Insane asylums Bombay 1873-77 - 1873-1877
Year: 1873
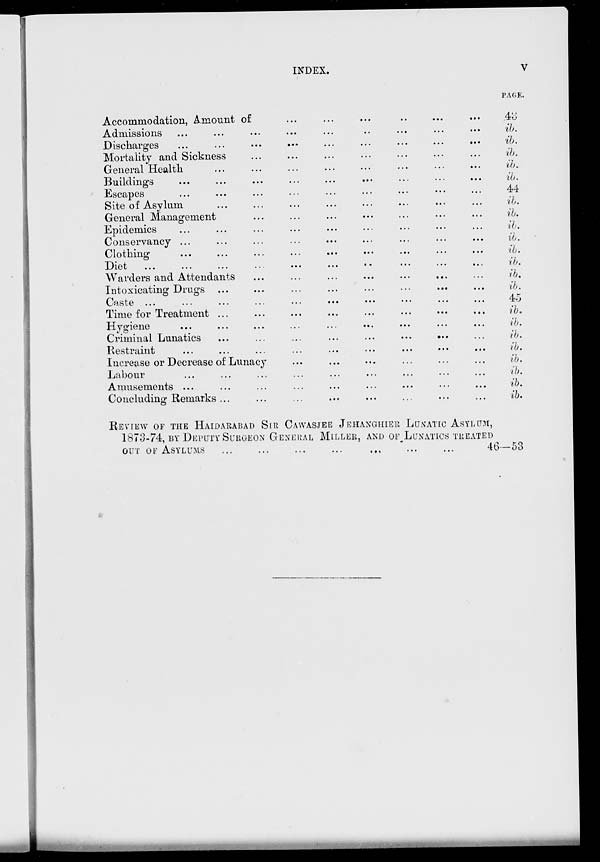
INDEX.
V
Accommodation, Amount of ... ... ... .. ... ...
Admissions ... ... ... ... ... ... ... ... ...
Discharges ... ... ... ... ... ... ... ... ...
Mortality and Sickness ... ... ... ... ... ... ...
General Health ... ... ... ... ... ... ... ...
Buildings ... ... ... ... ... ... ... ... ...
Escapes ... ... ... ... ... ... ... ... ...
Site of Asylum ... ... ... ... ... ... ... ... ...
General Management ... ... ... ... ... ... ... ...
Epidemics ... ... ... ... ... ... ... ... ...
Conservancy ... ... ... ... ... ... ... ... ...
Clothing ... ... ... ... ... ... ... ... ...
Diet ... ... ... ... ... ... ... ... ... ... ...
Warders and Attendants ... ... ... ... ... ... ...
Intoxicating Drugs ... ... ... ... ... ... ... ...
caste ... ... ... ... ... ... ... ... ...
Time for Treatment ... ... ... ... ... ... ... ...
Hygiene ... ... ... ... ... ... ... ... ... ...
Criminal Lunatics ... ... ... ... ... ... ... ...
Restraint ... ... ... ... ... ... ... ... ...
Increase or Decrease of Lunacy ... ... ... ... ... ...
Labour ... ... ... ... ... ... ... ... ...
Amusements ... ... ... ... ... ... ... ... ...
Concluding Remarks ... ... ... ... ... ... ... ...
PAGE.
43
ib.
ib.
ib.
ib.
ib.
44
ib.
ib.
ib.
ib.
ib.
ib.
ib.
ib.
45
ib.
ib.
ib.
ib.
ib.
ib.
ib.
ib.
REVIEW OF THE HAIDARABAD SIR CAWASJEE JEHANGHIER LUNATIC ASYUM,
1873-74, BY DEPUTY SURGEON GENERAL MILLER, AND OF LUNATICS TREATED
OUT OF ASYLUMS ... ... ... ... ... ... ... 46—53